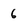
Character: 6